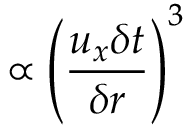
\propto { \left( \frac { u _ { x } \delta t } { \delta r } \right) } ^ { 3 }